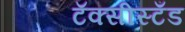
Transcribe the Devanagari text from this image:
टॅक्सीस्टँड